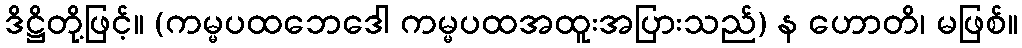
ဒိဋ္ဌိတို့ဖြင့်။ (ကမ္မပထဘေဒေါ ကမ္မပထအထူးအပြားသည်) န ဟောတိ၊ မဖြစ်။